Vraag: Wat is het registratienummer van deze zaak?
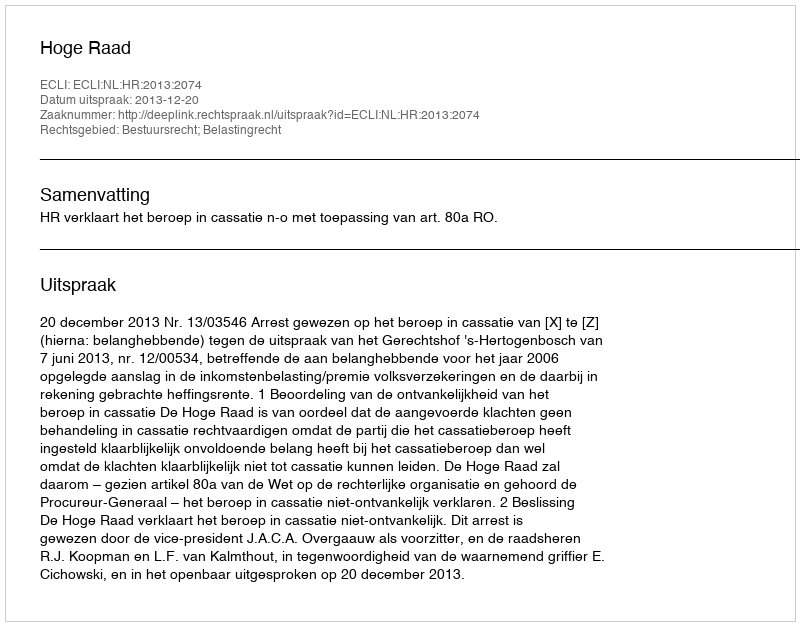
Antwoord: http://deeplink.rechtspraak.nl/uitspraak?id=ECLI:NL:HR:2013:2074